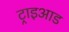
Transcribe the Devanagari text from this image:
ट्राइआड